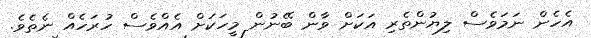
އެހެން ނަމަވެސް ލިޔުންތެރި އަކަށް ވާން ބޭނުން މީހަކަށް އެއްވެސް ހުރަހެއް ނެތެވެ.